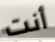
أنت